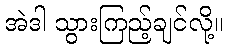
အဲဒါ သွားကြည့်ချင်လို့။